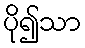
ပို၍သာ